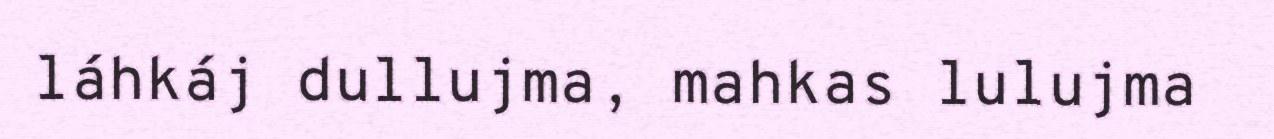
láhkáj dullujma, mahkas lulujma